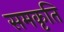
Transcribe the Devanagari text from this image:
समकृति